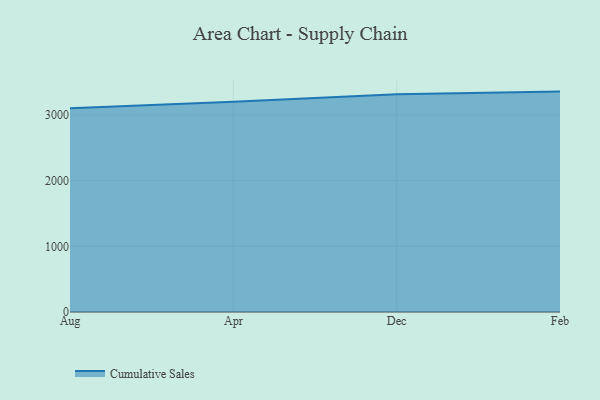
{"axis": {"x": "Month", "y": "Backlog"}, "legend": ["Cumulative Sales"], "data": [{"x": "Aug", "y": 3101.8, "type": "Cumulative Sales"}, {"x": "Apr", "y": 3201.6, "type": "Cumulative Sales"}, {"x": "Dec", "y": 3316.3, "type": "Cumulative Sales"}, {"x": "Feb", "y": 3355.4, "type": "Cumulative Sales"}]}